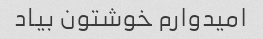
امیدوارم خوشتون بیاد